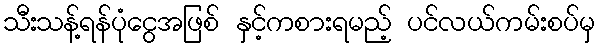
သီးသန့်ရန်ပုံငွေအဖြစ် နှင့်ကစားရမည့် ပင်လယ်ကမ်းစပ်မှ